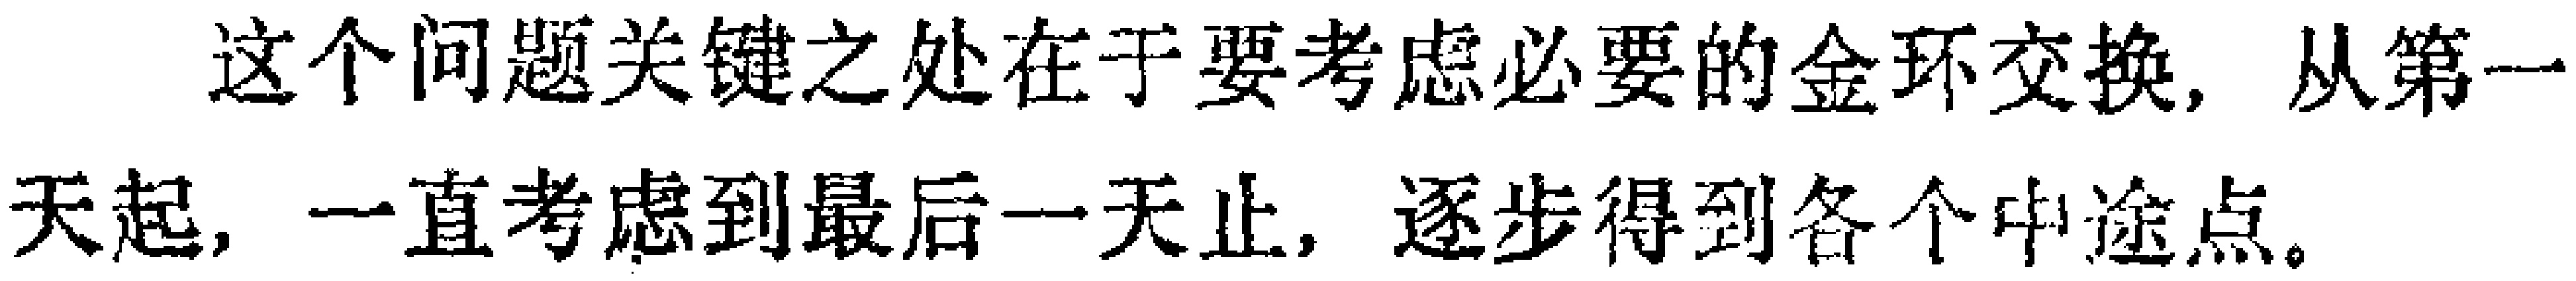
这个问题关键之处在于要考虑必要的金环交换, 从第一天起, 一直考虑到最后一天止, 逐步得到各个中途点。